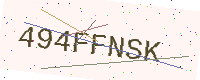
Text: 494FFNSK